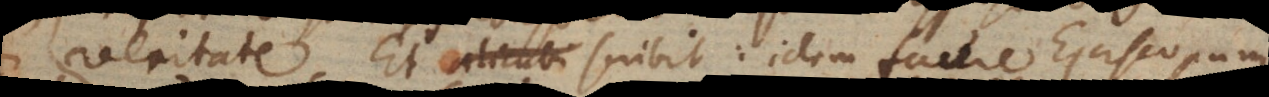
veritate. Et alicubi scribit: idem facere Episcopum